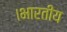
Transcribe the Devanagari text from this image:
।भारतीय